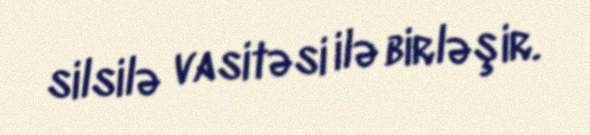
silsilə vasitəsi ilə birləşir.